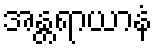
အန္တရာယာနံ